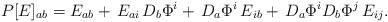
\begin{align*}P[E]_{ab}=E_{ab}+\,E_{ai}\,D_{b}\Phi^i+\,D_{a}\Phi^i\,E_{ib}+\,D_a\Phi^iD_b\Phi^j\,E_{ij} .\end{align*}